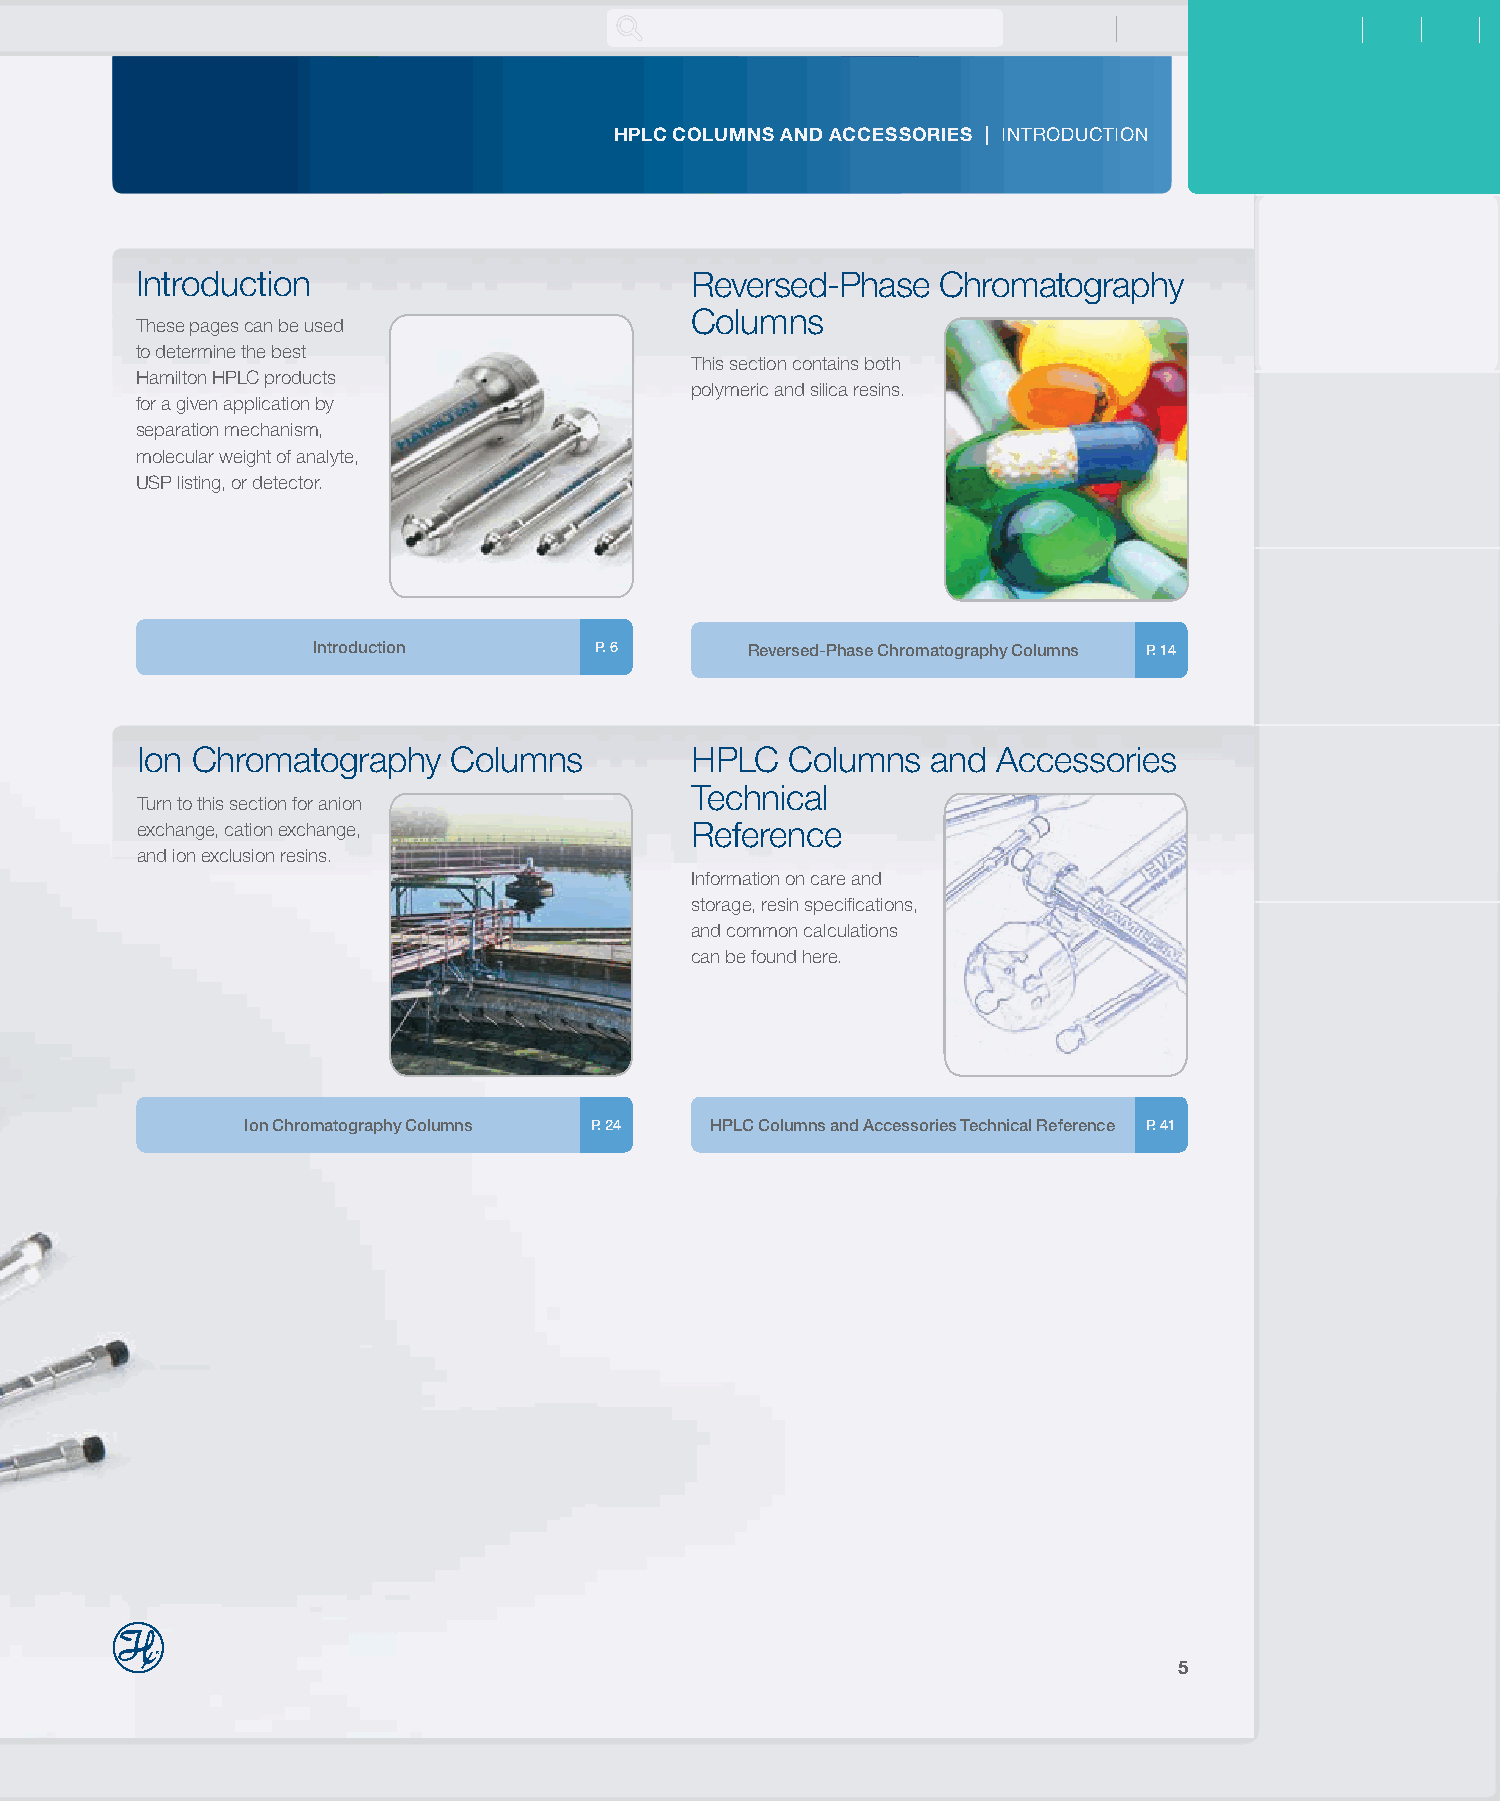
HPLC COLUMNS AND ACCESSORIES | INTRODUCTION
 Introduction                         Reversed-Phase  Chromatography
 Columns
 These pages can be used
 to determine the best
 This section contains both
 Hamilton HPLC products
 polymeric and silica resins.
 for a given application by
 separation mechanism,
 molecular weight of analyte,
 USP listing, or detector.
 Introduction      P. 6       Reversed-Phase Chromatography Columns P. 14
 Ion Chromatography   Columns         HPLC  Columns   and Accessories
 Technical
 Turn to this section for anion
 exchange, cation exchange,           Reference
 and ion exclusion resins.
 Information on care and
 storage, resin specifications,
 and common calculations
 can be found here.
 Ion Chromatography Columns P. 24 HPLC Columns and Accessories Technical Reference P. 41
 5